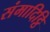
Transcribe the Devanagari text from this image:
संमादिट्ठि